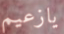
يازعيم